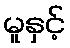
မူနှင့်